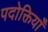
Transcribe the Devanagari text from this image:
पदोक्तियाँ